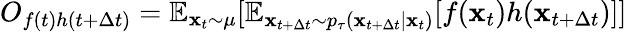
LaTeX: O_{f(t)h(t+\Delta t)}=\mathbb{E}_{\mathbf{x}_{t}\sim\mu}[\mathbb{E}_{\mathbf{x}_{t+\Delta t}\sim p_{\tau}(\mathbf{x}_{t+\Delta t}\mid\mathbf{x}_{t})}[f(\mathbf{x}_{t})h(\mathbf{x}_{t+\Delta t})]]